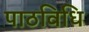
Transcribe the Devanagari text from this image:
पाठविधि